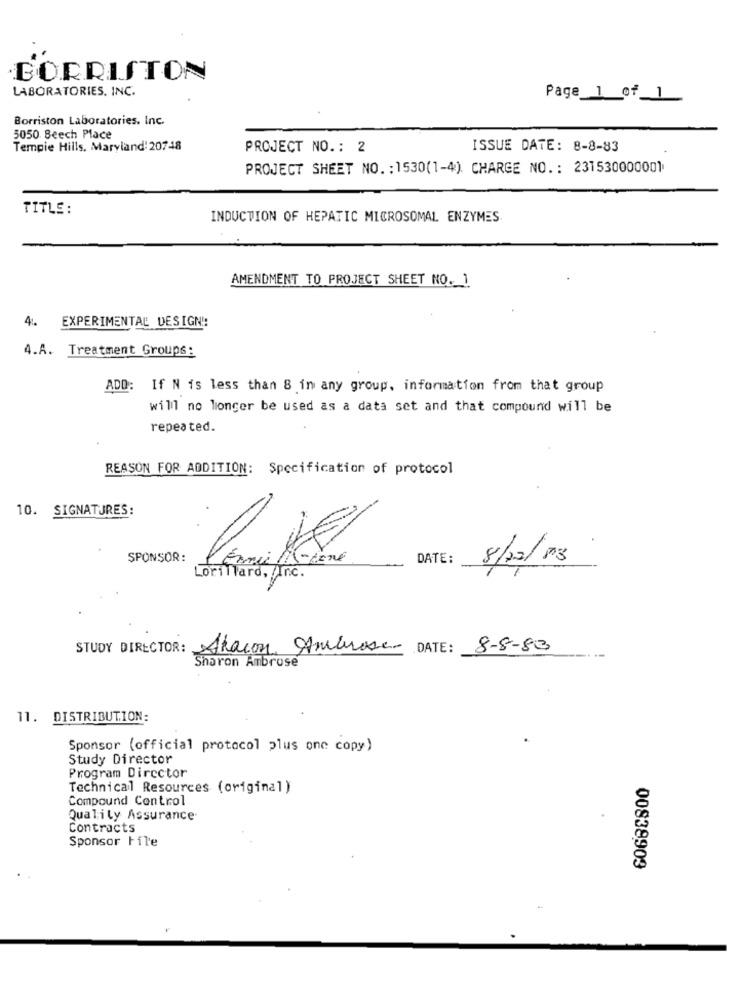
BORRISTON
LABORATORIES. INC.
Page 1 of 1
Borriston Laboratories. Inc.
5050 Beech Place
Tempie Hills, Maryland: 20748
PROJECT NO .: 2
ISSUE DATE: 8-8-83
PROJECT SHEET NO. : 1530(1-4). CHARGE NO .: 231530000001
TITLE :
INDUCTION OF HEPATIC MICROSOMAL ENZYMES
AMENDMENT TO PROJECT SHEET NO. 1
4. EXPERIMENTAL DESIGN !:
4.A. Treatment Groups:
ADD: If N is less than 8 in any group, information from that group
will no longer be used as a data set and that compound will be
repeated.
REASON FOR ADDITION: Specification of protocol
10. SIGNATURES:
SPONSOR:
DATE:
8/12/198
Lorillard, Inc.
STUDY DIRECTOR: Akacon Ambrose DATE: 8-8-83
Sharon Ambrose
11. DISTRIBUTION:
Sponsor (official protocol plus one copy)
Study Director
Program Director
Technical Resources (original)
Compound Control
Quality Assurance
Contracts
Sponsor File
00838903